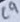
Text: C9